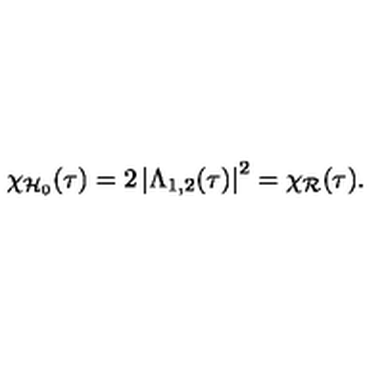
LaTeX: \chi _ { \mathcal { H } _ { 0 } } ( \tau ) = 2 \left| \Lambda _ { 1 , 2 } ( \tau ) \right| ^ { 2 } = \chi _ { \mathcal { R } } ( \tau ) .